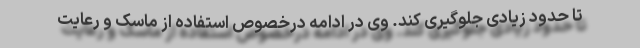
تا حدود زیادی جلوگیری کند. وی در ادامه درخصوص استفاده از ماسک و رعایت